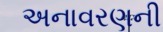
અનાવરણની